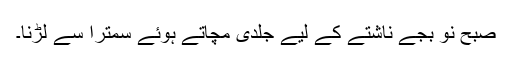
صبح نو بجے ناشتے کے لیے جلدی مچاتے ہوئے سُمترا سے لڑنا۔